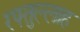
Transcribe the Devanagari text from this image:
रफ्तुल्लाह